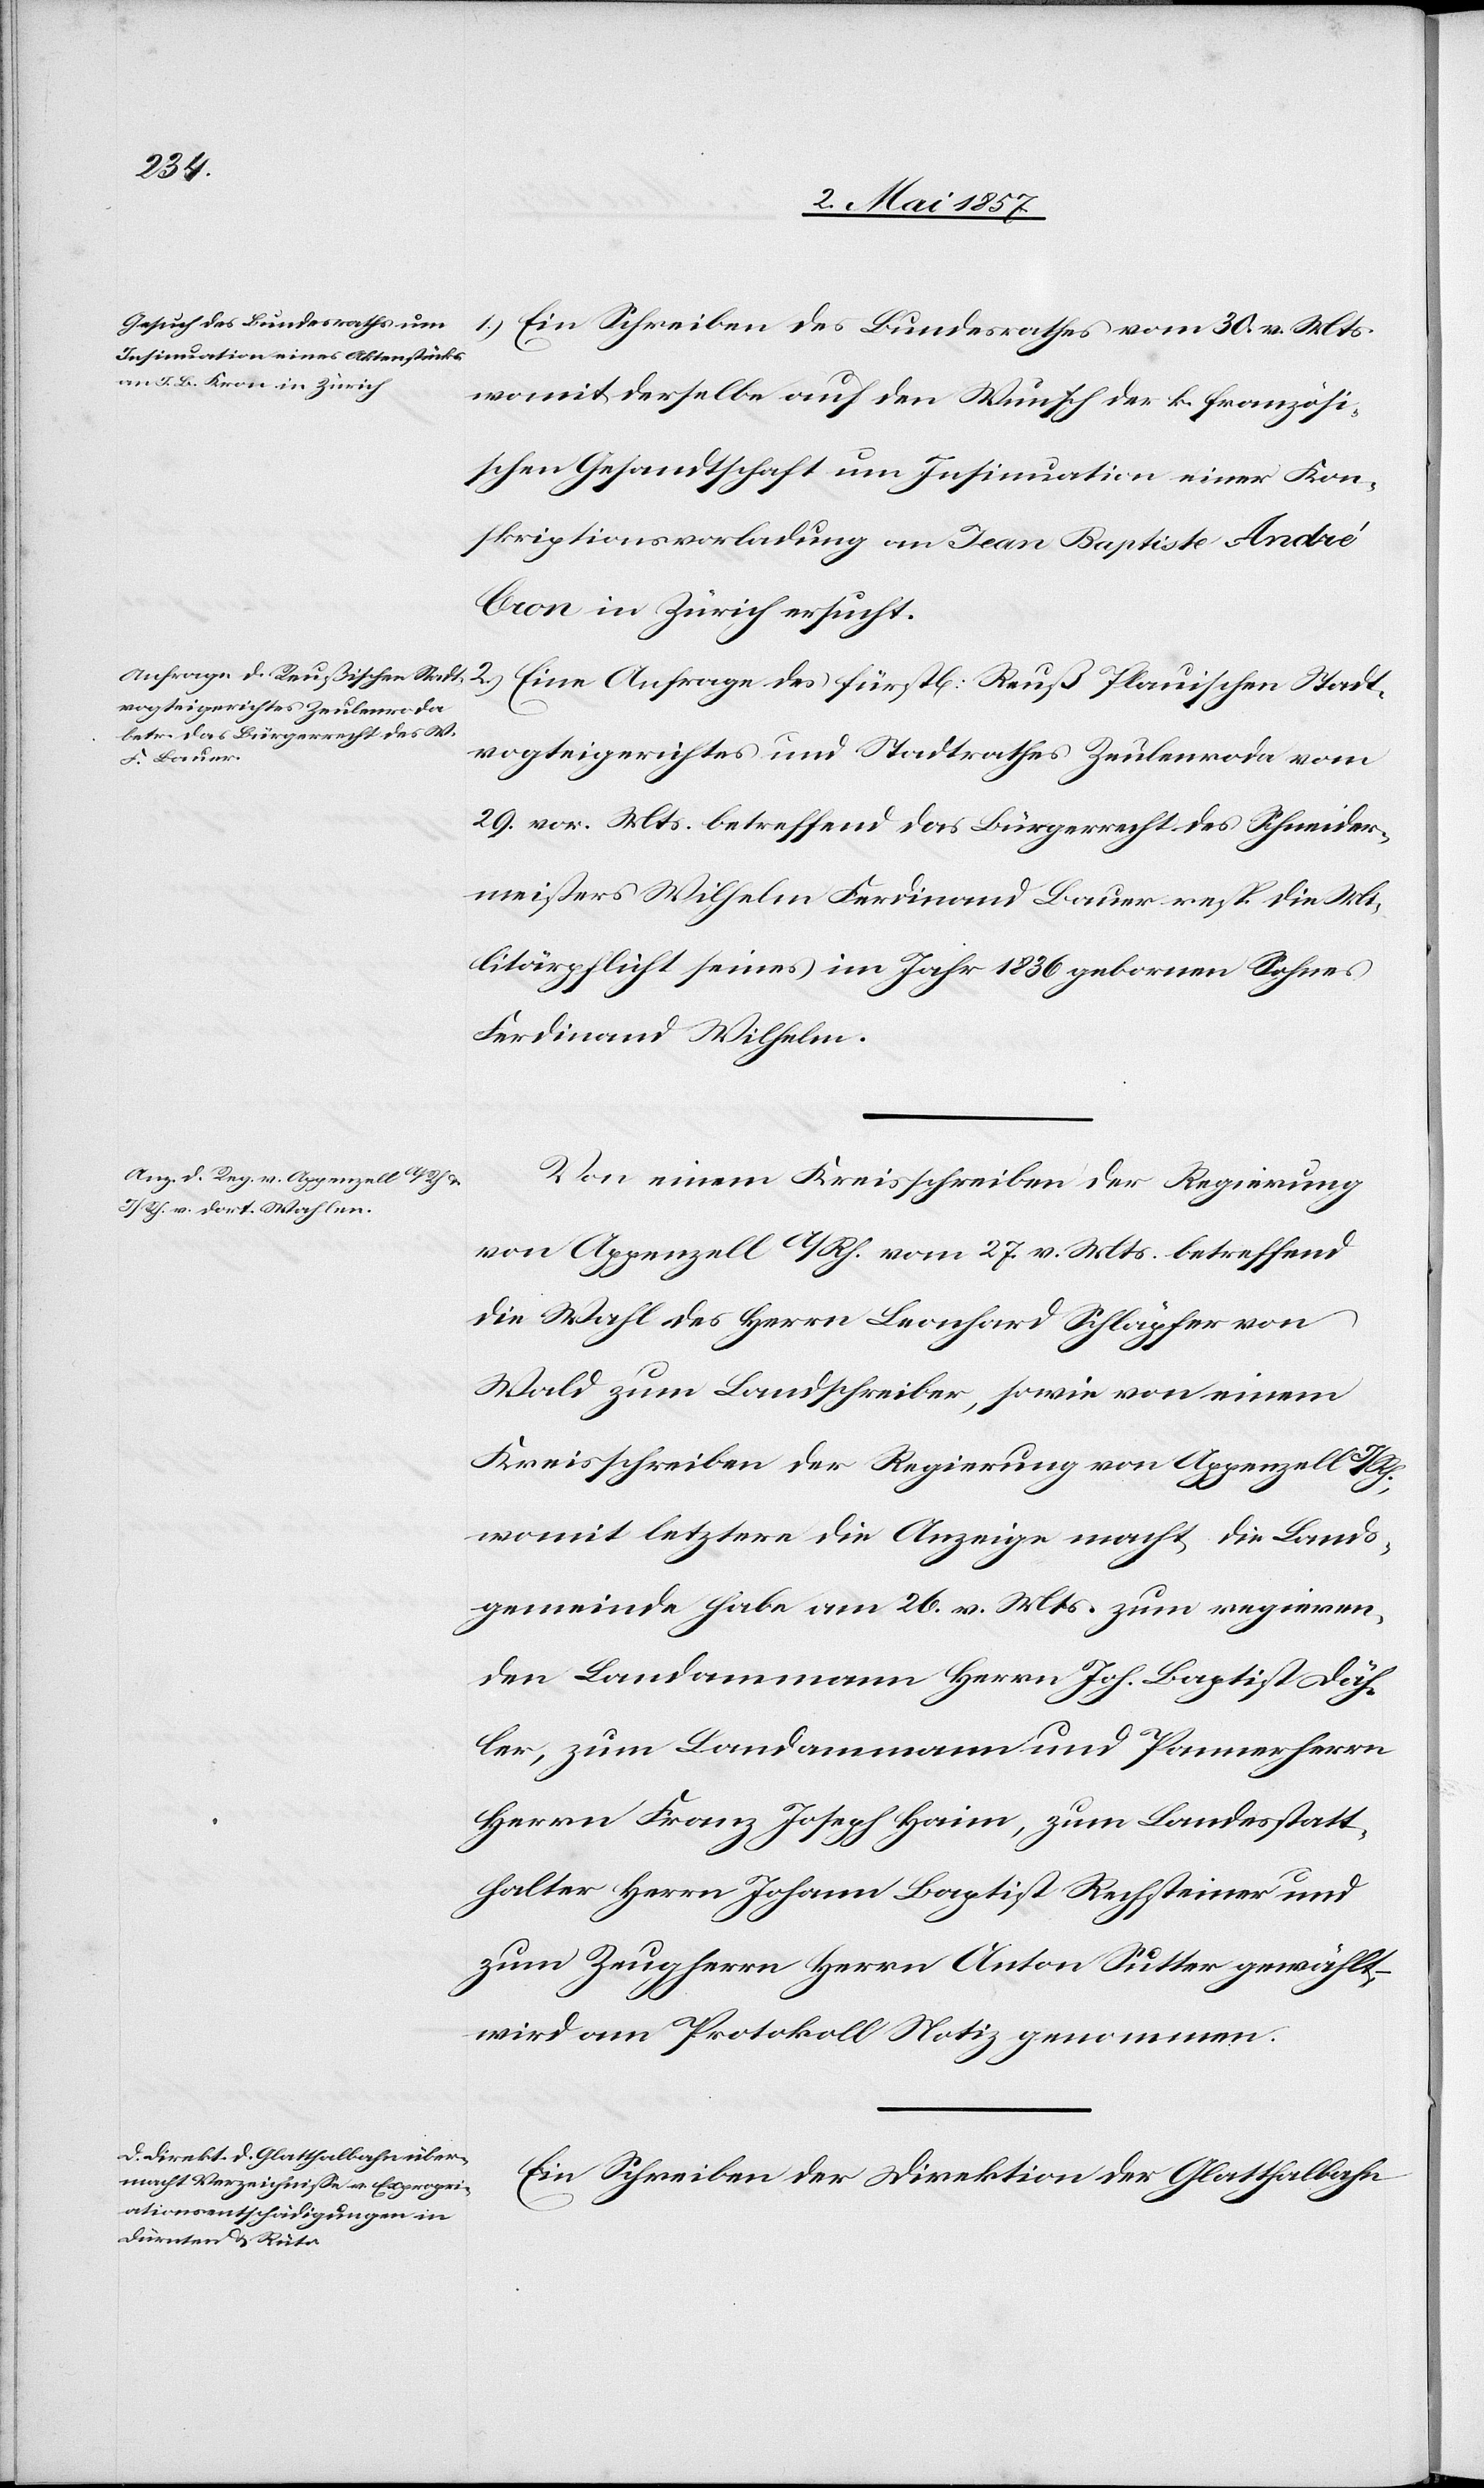
1.) Ein Schreiben des Bundesrathes vom 30 v. Mts.
womit derselbe auf den Wunsch der k. französi¬
schen Gesandtschaft um Insinuation einer Kon¬
skriptionsvorladung an Jean Baptiste André
[sic!] in Zürich ersucht.
vogteigerichtes und Stadtrathes Zeulenroda vom
Stadt¬
29 vor. Mts. betreffend das Bürgerrecht des Schneider¬
meisters Wilhelm Ferdinand Bauer resp. die Mi¬
litärpflicht seines im Jahr 1836 gebornen Sohnes
Ferdinand Wilhelm.
Von einem Kreisschreiben der Regierung
von Appenzell A/Rh. vom 27 v. Mts. betreffend
die Wahl des Herrn Leonhard Schäpfer von
Wald zum Landschreiber, sowie von einem
Kreisschreiben der Regierung von Appenzell I/Rh.
womit letztere die Anzeige macht die Lands¬
gemeinde habe am 26 v. Mts. zum regieren¬
den Landammann Herrn Joh. Baptist Däh¬
ler, zum Landammann und Pannerherrn
Herrn Franz Joseph Haim, zum Landesstatt¬
halter Herrn Johann Baptist Rechsteiner und
zum Zeugherrn Herrn Anton Sutter gewählt,
wird am Protokoll Notiz genommen.
Ein Schreiben der Direktion der Glatthalbahn